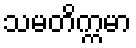
သမတိက္ကမာ